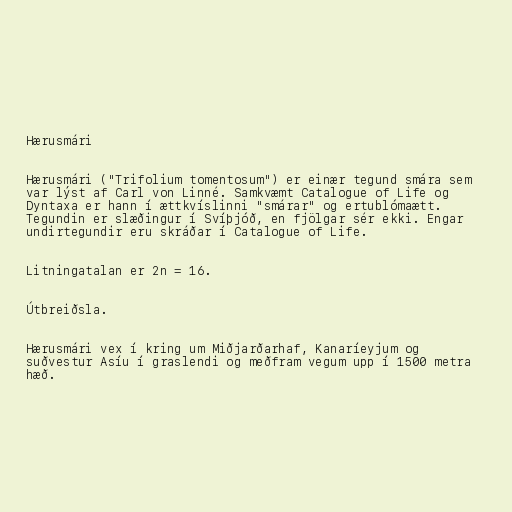
Hærusmári

Hærusmári ("Trifolium tomentosum") er einær tegund smára sem
var lýst af Carl von Linné. Samkvæmt Catalogue of Life og
Dyntaxa er hann í ættkvíslinni "smárar" og ertublómaætt.
Tegundin er slæðingur í Svíþjóð, en fjölgar sér ekki. Engar
undirtegundir eru skráðar í Catalogue of Life.

Litningatalan er 2n = 16.

Útbreiðsla.

Hærusmári vex í kring um Miðjarðarhaf, Kanaríeyjum og
suðvestur Asíu í graslendi og meðfram vegum upp í 1500 metra
hæð.